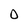
Character: 0